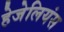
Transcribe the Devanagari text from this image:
हेजेलियंस